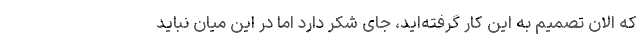
که الان تصمیم به این کار گرفته‌اید، جای شکر دارد اما در این میان نباید